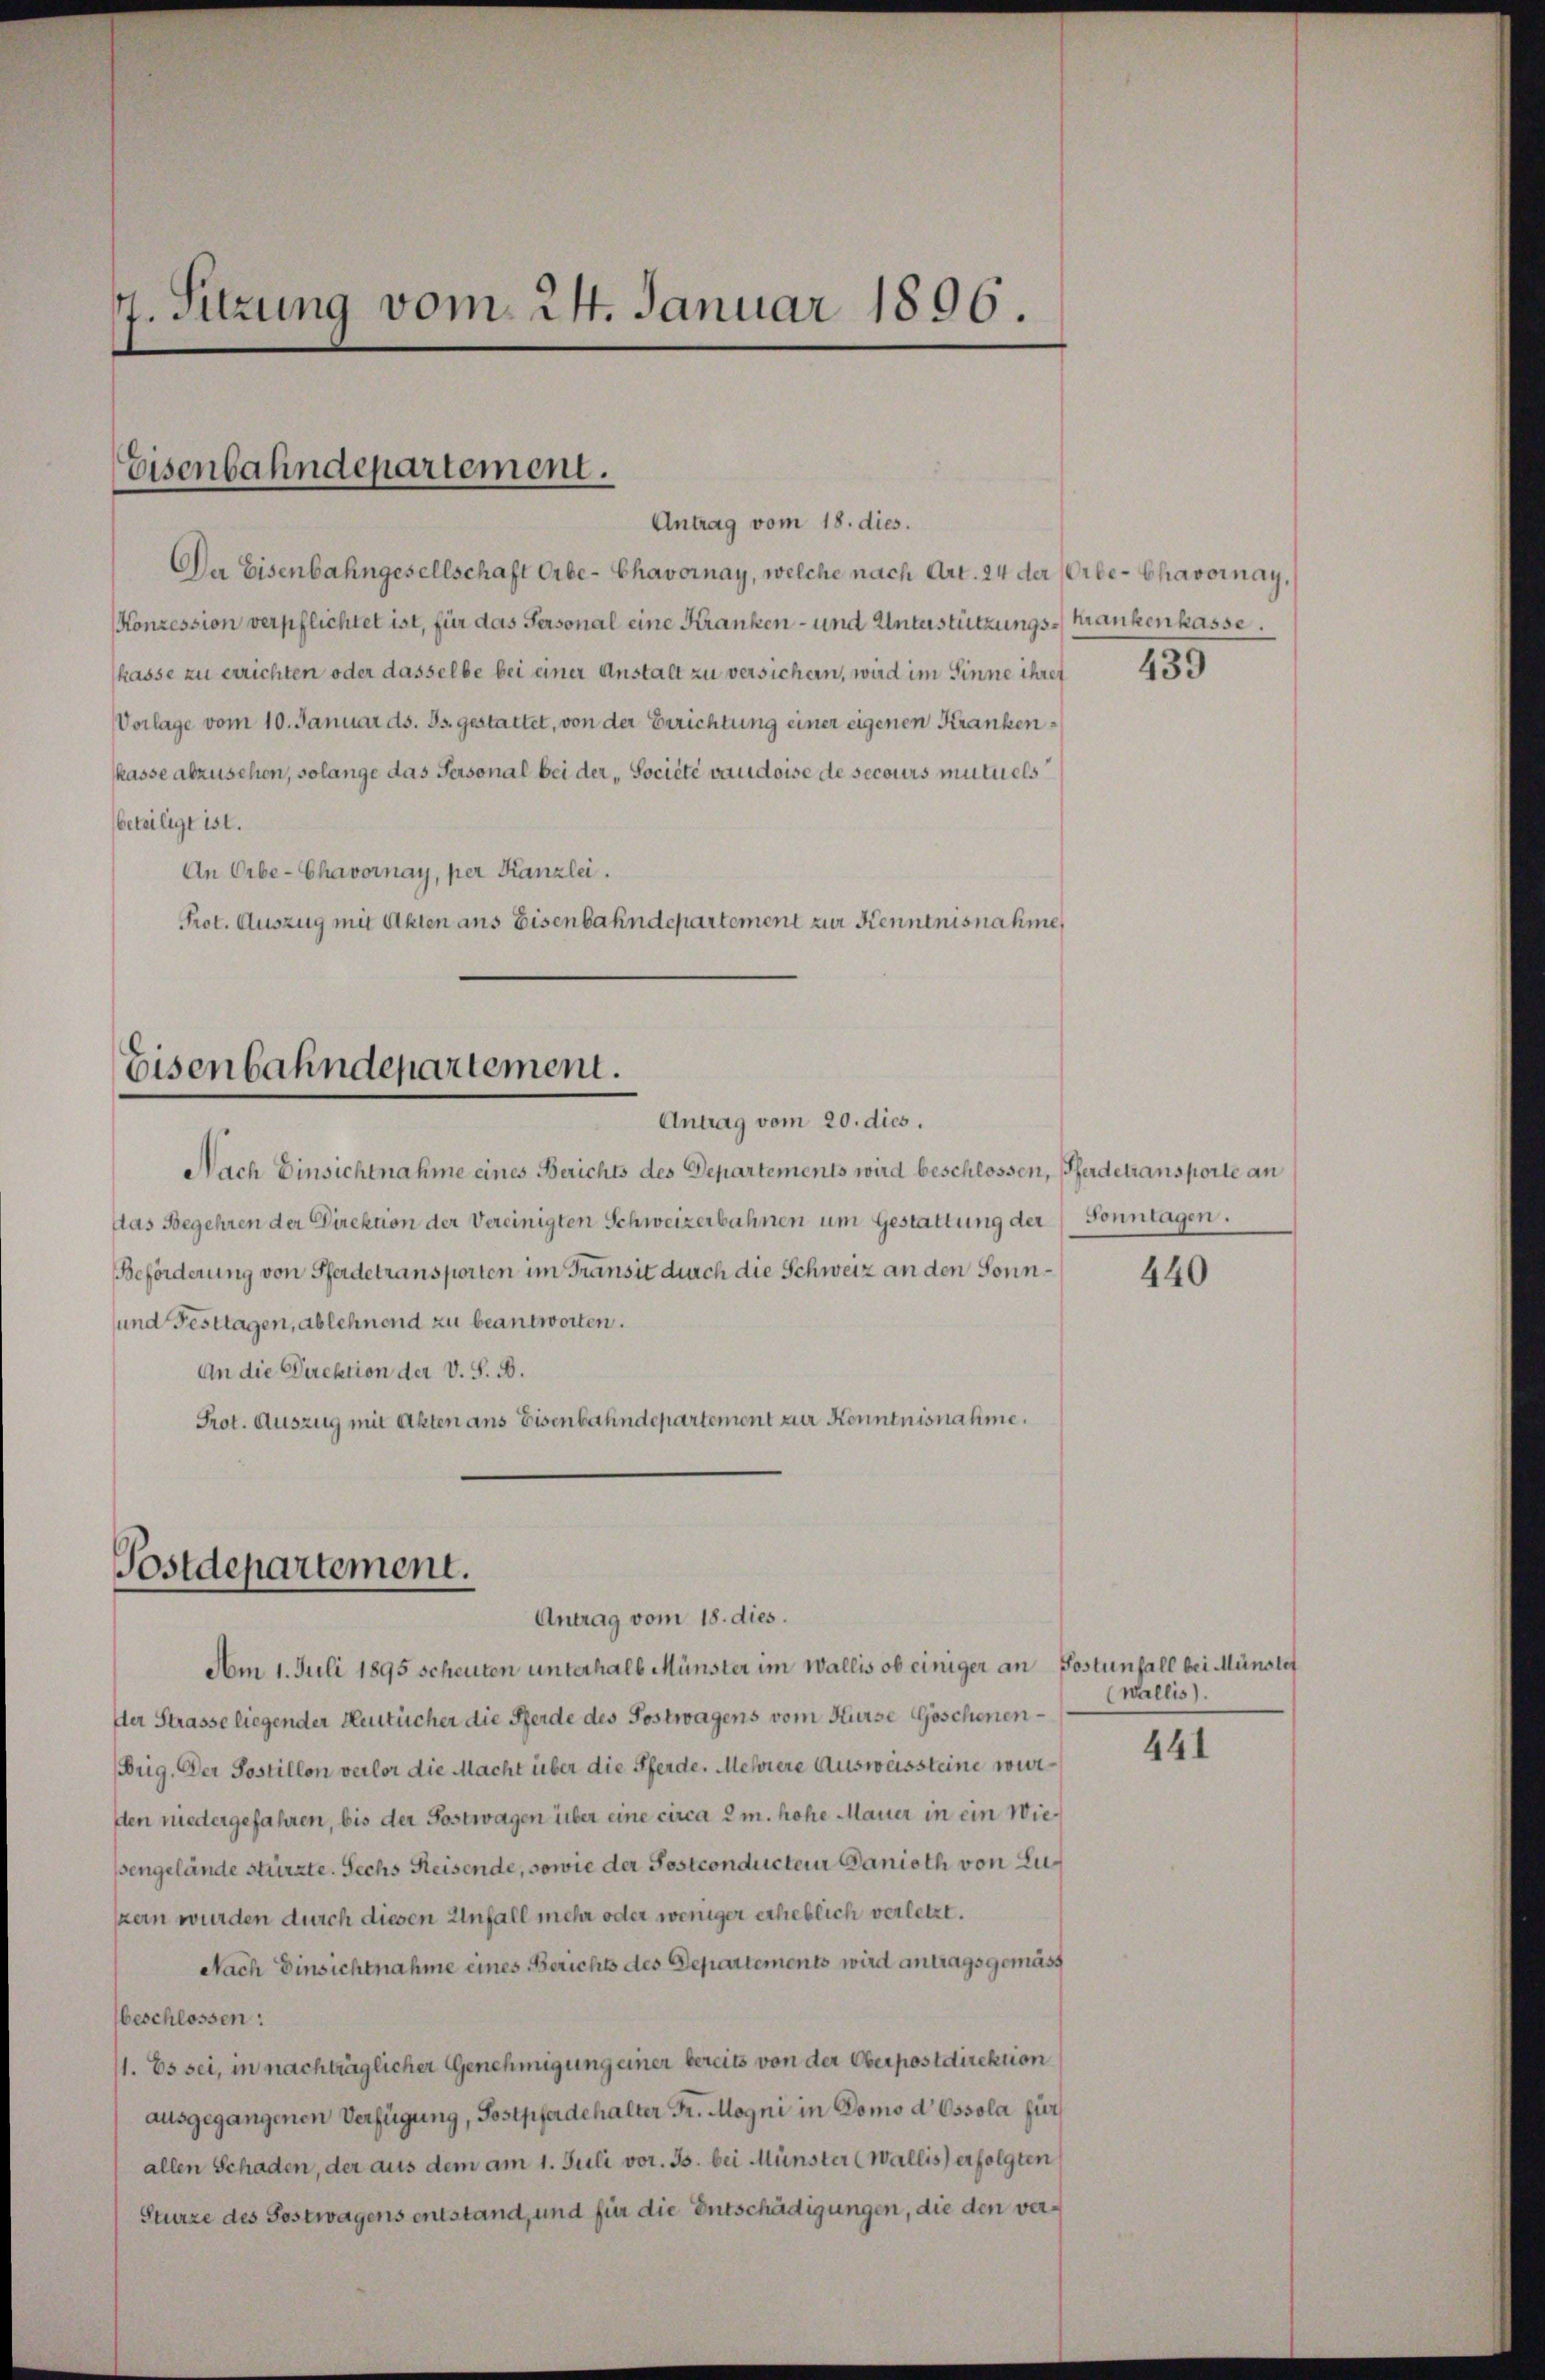
4. Sitzung vom 24. Januar 1896.

Eisenbahndepartement.
Antrag vom 18. dies.

Da Eisenbahngesellschaft Orbe-Chavornay, welche nach Art. 24 der Orbe-Chavoinay,
Konzession verpflichtet ist, für das Personal eine Kranken- und Unterstützungs-Krankenkasse.
kasse zu errichten oder dasselbe bei einer Anstalt zu versichern, wird im Sinne ihret
Vorlage vom 10. Januar ds. Js. gestattet, von der Errichtung einer eigenen Krankenkasse abzusehen, solange das Personal bei der „Société vaudoise de secours mutuels
beteiligt ist.
An Erbe-Chavornay, per Kanzlei.
Prot. Auszug mit Akten ans Eisenbahndepartement zur Kenntnisnahme

Eisenbahndepartement.
Antrag vom 20. dies.

Nach Einsichtnahme eines Berichts des Departements wird beschlossen, Pferdetransporte an
das Begehren der Direktion der Vereinigten Schweizerbahnen um Gestattung der Sonntagen.
Beförderung von Pferdetransporten im Transit durch die Schweiz an den Sonn¬
und Festtagen, ablehnend zu beantworten.
An die Direktion der V. S. B.
Prot. Auszug mit Akten ans Eisenbahndepartement zur Kenntnisnahme.

Postdepartement.
Antrag vom 18. dies.

Am 1. Juli 1895 scheuten unterhalb Münster im Wallis ob einiger an Postunfall bei Münstet
Der Strasse liegender Heutücher die Pferde des Postwagens vom Kurse Göschenen¬
Brig. Der Postillon verlor die Macht über die Pferde. Mehrere Ausweissteine wurden niedergefahren, bis der Postwagen über eine circa 2 m. hohe Mauer in ein Wiesengelände stürzte. Sechs Reisende, sowie der Postconducteur Danieth von Zuzern wurden durch diesen Unfall mehr oder weniger erheblich verletzt.
Nach Einsichtnahme eines Berichts des Departements wird antragsgemäss
beschlossen:
11. Es sei, in nachträglicher Genehmigung einer bereits von der Oberpostdirektion
ausgegangenen Verfügung, Sostpferdehalter Fr. Mogni in Domo d Ossola für
allen Schaden, der aus dem am 1. Juli vor. Js. bei Münster (Wallis) erfolgten
Sturze des Gestwagens entstand, und für die Entschädigungen, die den ver¬

439

440

(Wallis).

441